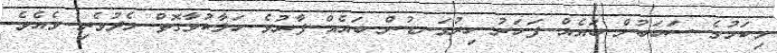
މިކަމުގެ ސަބަބުން ބައެއް ފަހަރު ހިރުގަނޑުން ބައެއް ފާރުވެ ހަލާކުވާގޮތް މެދުވެރި ވެއެވެ.